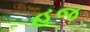
હજ